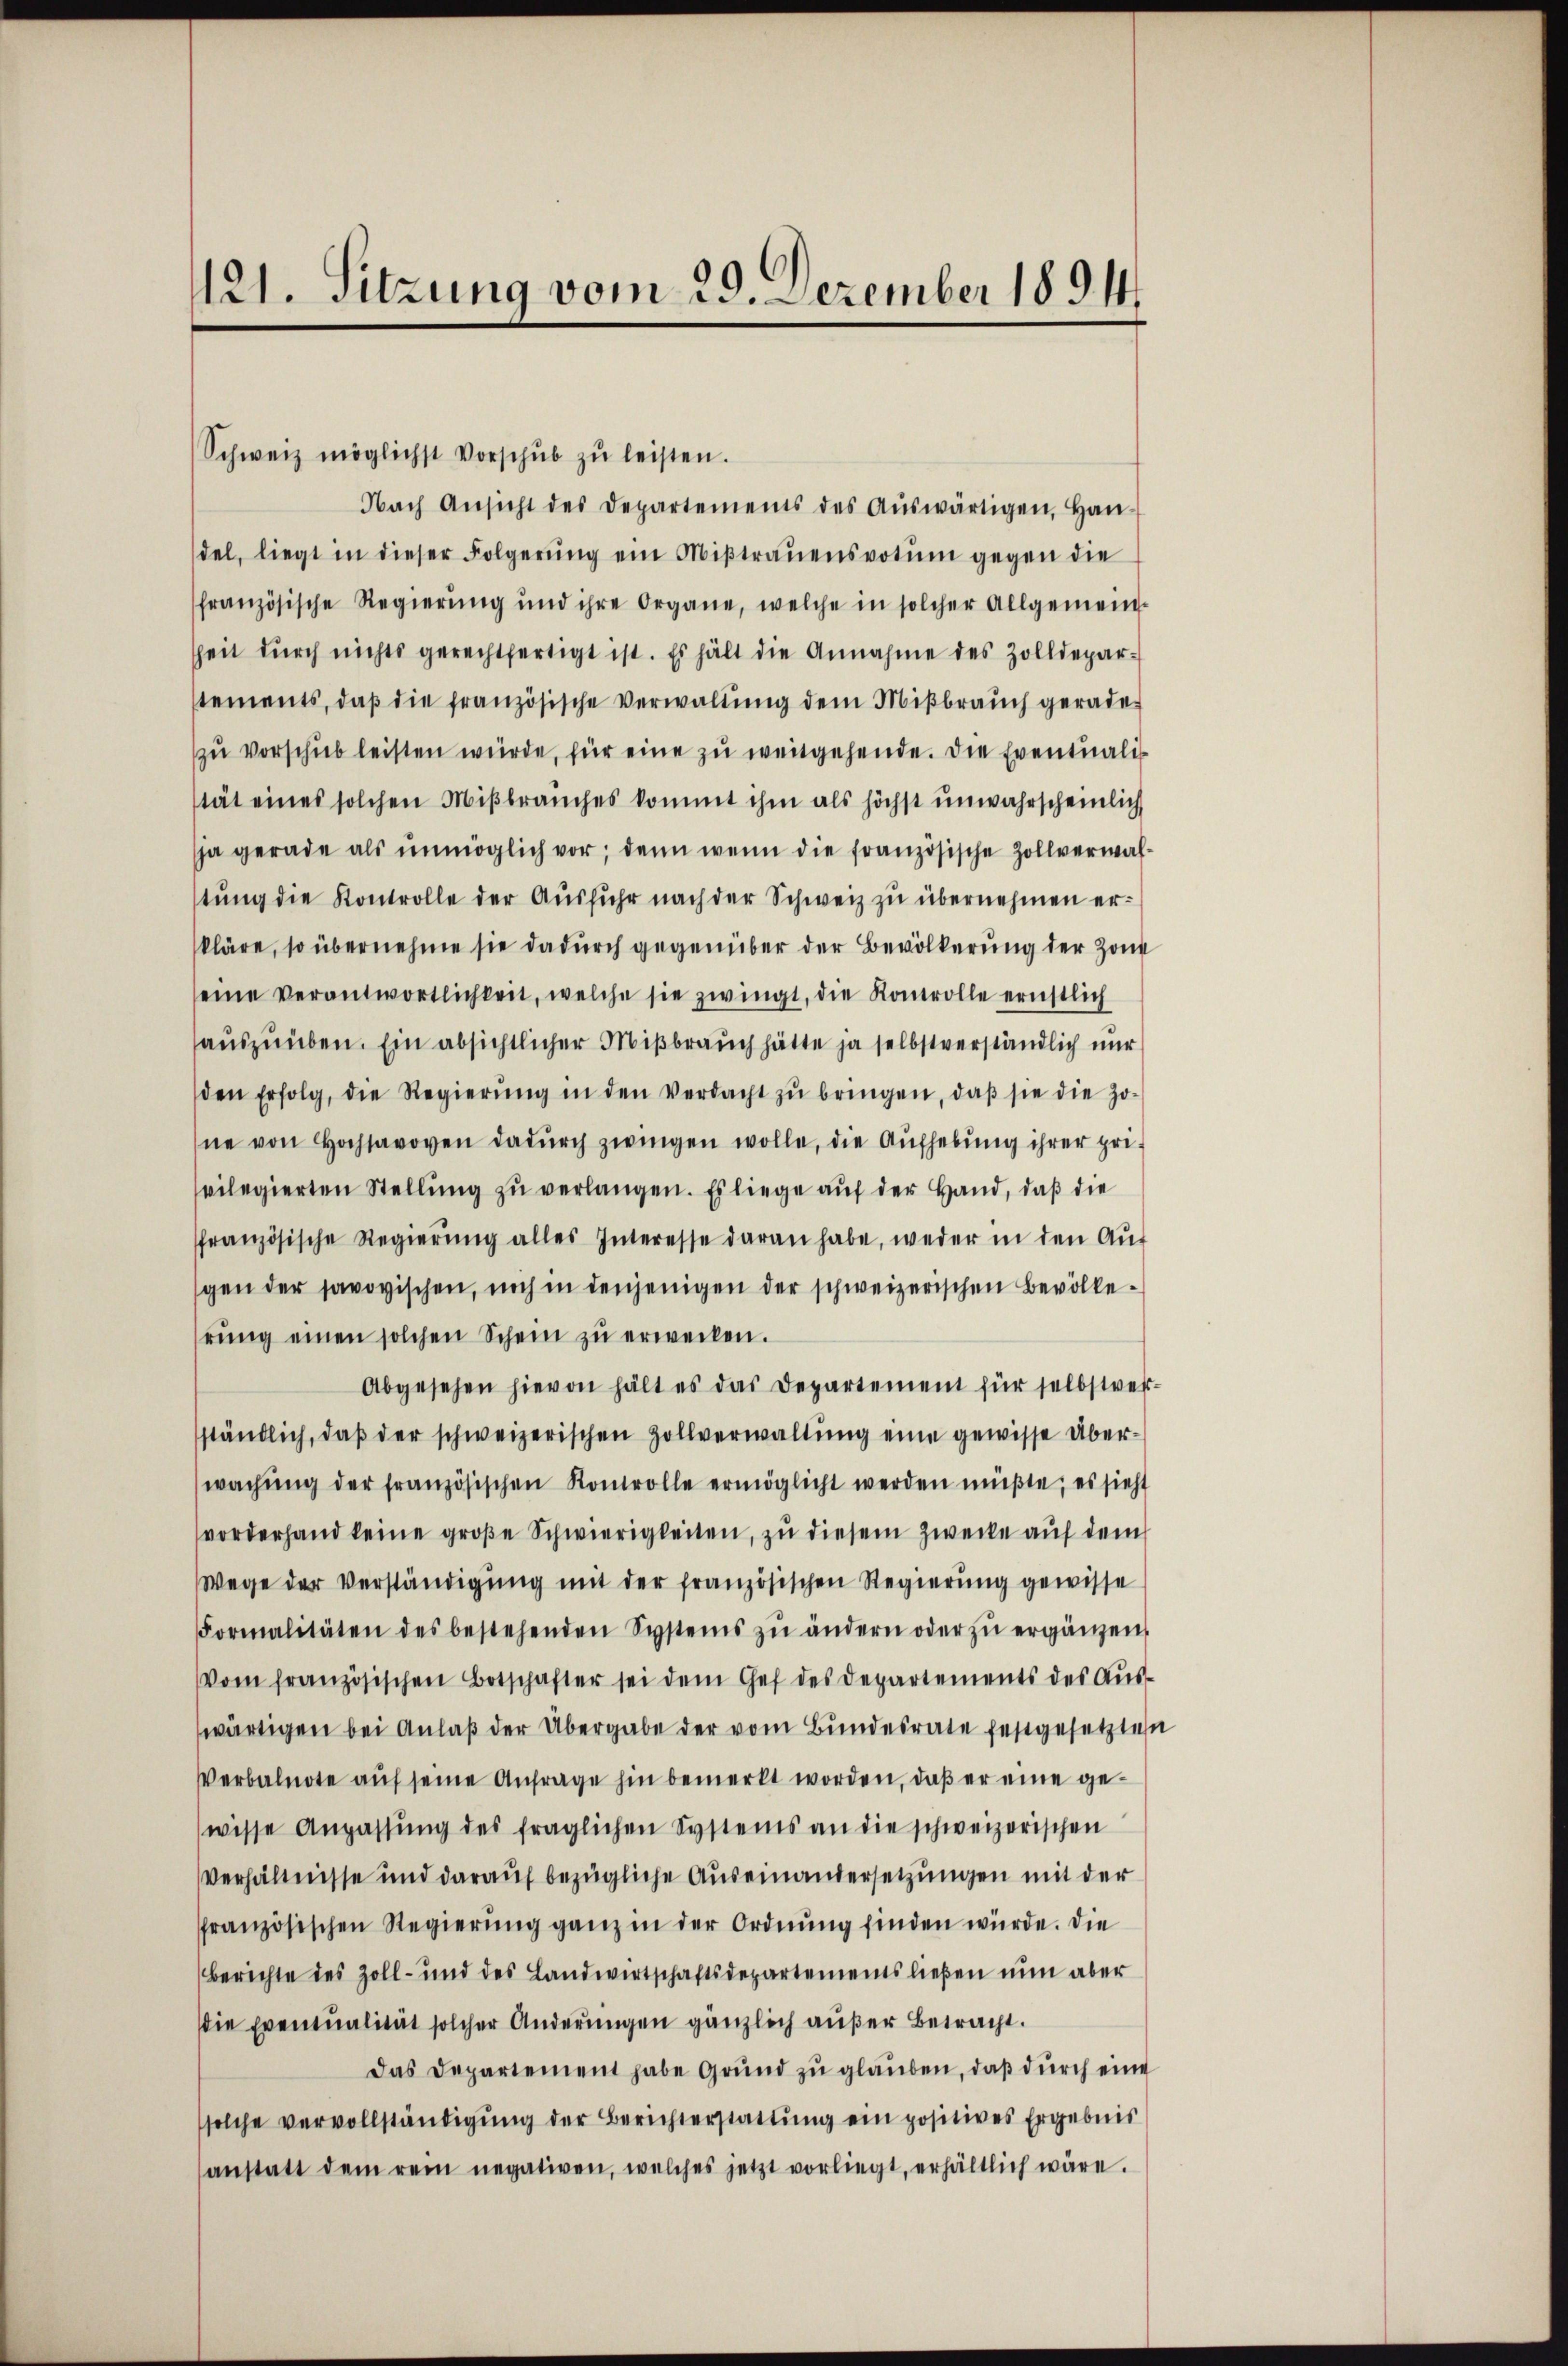
121. Sitzung vom 29. Dezember 1891.

Schweiz möglichst Vorschŭb zŭ leisten.
Nach Ansicht des Departements des Aŭswärtigen, Han-
del, liegt in dieser Folgerŭng ein Miβtraŭensvotŭm gegen die
französische Regierŭng und ihre Organe, welche in solcher Allgemein-
heit dŭrch nichts gerechtfertigt ist. Es hält die Annahme des Zolldepar-
tements, daβ die französische Verwaltŭng dem Miβbraŭch gerade
zŭ verschieb leisten würde, für eine zu weitgehende. Die Eventualität eines solchen Miβbraŭches kommt ihm als höchst unwahrscheinlich
ja gerade als unmöglich vor; denn wenn die französische Zollverwaltung die Kontrolle der Ausfuhr nach der Schweiz zu übernehmen erkläre, so übernehme sie dadurch gegenüber der Bevölkerung der Zang
eine verantwortlichkeit, welche sie zwingt, die Kontrolle ernstlich
auszuüben. Ein absichtlicher Mißbrauch hätte ja selbstverständlich nur
den Erfolg, die Regierŭng in den Verdacht zŭ bringen, daβ sie die Jo-
ne von Hochsen dadŭrch zwingen wolle, die Aufhebung ihrer pri-
svilegierten Stellŭng zŭ verlangen. Es liege auf der Hand, daß die
ffranzösische Regierŭng alles Interesse daran habe, weder in den Aŭs
gen der savoyischen, noch in denjenigen der schweizerischen Bevölkerŭng einen solchen Schein zŭ erwecken.
Abgesehen hievon hält es das Departement für selbstverständlich, daβ der schweizerischen Zollverwaltung eine gewisse Überwachŭng der französischen Kontrolle ermöglicht werden müßte; es sieht
vorderhand keine große Schwierigkeiten, zu diesem Zwecke auf dem
Wege der Verständigŭng mit der französischen Regierung gewisse
Formalitäten des bestehenden Systems zŭ ändern oder zŭ ergänzen,
Vom französischen Botschafter sei dem Gef des Departements des Aŭs-
wärtigen bei Anlaß der Übergabe der vom Bundesrate festgesetzte
Verbalnote auf seine Anfrage hin bemerkt worden, daß er eine gewisse Anpassŭng des fraglichen Systems an die schweizerischen
Verhältnisse und darauf bezügliche Auseinandersetzungen mit der
französischen Regierŭng ganz in der Ordnŭng finden würde. Die
Berichte des Zoll- und des Landwirtschaftsdepartements ließen nun aber
die Eventualität solcher Anderungen gänzlich außer Betracht.
Das Departement habe Grŭnd zŭ glauben, daß durch eine
solche vervollständigŭng der Berichterstattŭng ein positives Ergebnis
anstatt dem rein negativen, welches jetzt vorliegt, erhältlich wäre.